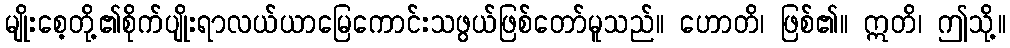
မျိုးစေ့တို့၏စိုက်ပျိုးရာလယ်ယာမြေကောင်းသဖွယ်ဖြစ်တော်မူသည်။ ဟောတိ၊ ဖြစ်၏။ ဣတိ၊ ဤသို့။